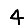
Digit: 4